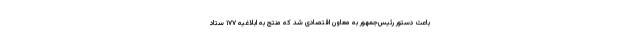
باعث دستور رئیس‌جمهور به معاون اقتصادی شد که منتج به ابلاغیه ۱۷۷ ستاد